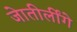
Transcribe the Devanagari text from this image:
जेातीर्लींगे